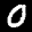
Label: 0